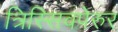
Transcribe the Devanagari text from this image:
त्रिस्सिवपेरुर